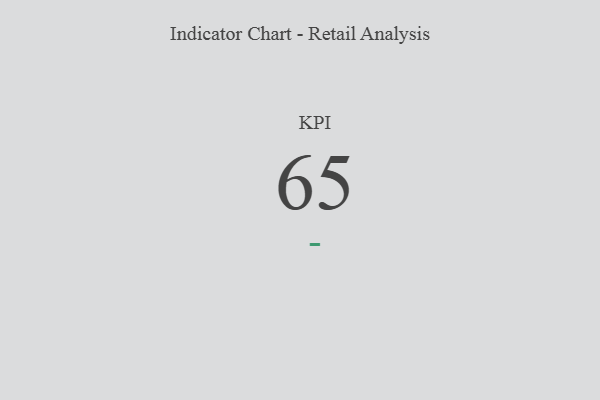
{"axis": {"x": "KPI", "y": "Value"}, "legend": [""], "data": [{"x": "KPI", "y": 65, "type": ""}]}